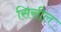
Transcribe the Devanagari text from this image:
सिसील